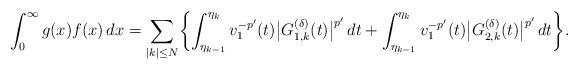
LaTeX: \begin{align*}\int_0^\infty g(x)f(x)\,dx=\sum_{|k|\le N}\biggl\{\int_{\eta_{k-1}}^{\eta_k}v_1^{-p'}(t)\bigl|G_{1,k}^{(\delta)}(t)\bigr|^{p'}\,dt+\int_{\eta_{k-1}}^{\eta_k}v_1^{-p'}(t)\bigl|G_{2,k}^{(\delta)}(t)\bigr|^{p'}\,dt\biggr\}. \end{align*}